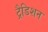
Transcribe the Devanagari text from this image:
ट्रैडिशन